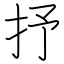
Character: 抒